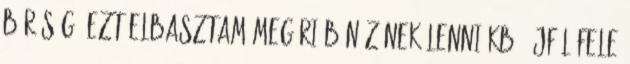
bíróság” ezt elbasztam Megéri Bünözőnek Lenni Kb. éjfél fele